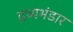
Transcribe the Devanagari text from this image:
द्रव्यभंडार